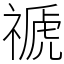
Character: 禠